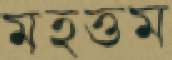
মহত্তম